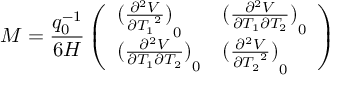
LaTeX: M = \frac { q _ { 0 } ^ { - 1 } } { 6 H } \left( \begin{array} { l l } { { { ( \frac { { \partial ^ { 2 } } V } { \partial { T _ { 1 } } ^ { 2 } } ) } _ { 0 } } } & { { { ( \frac { { \partial ^ { 2 } } V } { \partial { T _ { 1 } } \partial { T _ { 2 } } } ) } _ { 0 } } } \\ { { { ( \frac { { \partial ^ { 2 } } V } { \partial { T _ { 1 } } \partial { T _ { 2 } } } ) } _ { 0 } } } & { { { ( \frac { { \partial ^ { 2 } } V } { \partial { T _ { 2 } } ^ { 2 } } ) } _ { 0 } } } \end{array} \right)